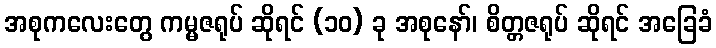
အစုကလေးတွေ ကမ္မဇရုပ် ဆိုရင် (၁၀) ခု အစုနော်၊ စိတ္တဇရုပ် ဆိုရင် အခြေခံ